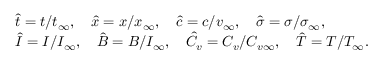
\begin{array} { r l } & { \hat { t } = t / t _ { \infty } , \quad \hat { x } = x / x _ { \infty } , \quad \hat { c } = c / v _ { \infty } , \quad \hat { \sigma } = \sigma / \sigma _ { \infty } , } \\ & { \hat { I } = I / I _ { \infty } , \quad \hat { B } = B / I _ { \infty } , \quad \hat { C _ { v } } = C _ { v } / C _ { v \infty } , \quad \hat { T } = T / T _ { \infty } . } \end{array}